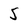
Character: 5